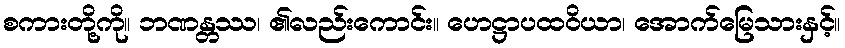
စကားတို့ကို။ ဘဏန္တဿ၊ ၏လည်းကောင်း။ ဟေဋ္ဌာပထဝိယာ၊ အောက်မြေသားနှင့်။